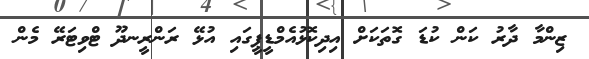
ޒިންމާ ދާރު ކަން ކުޑަ ގޮތަކަށް އިދިކޮޅުއެމްޑީޕީގައި އުޅޭ ރަންރީނދޫ ޓްވިޓަރޭ މެން